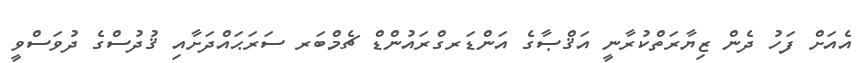
އެއަށް ފަހު ދެން ޒިޔާރަތްކުރާނީ އަޤްޞާގެ އަންޑަރގްރައުންޑް ޗެމްބަރ ސަރަޙައްދަށާއި ޤުދުސްގެ ދުވަސްވީ